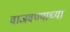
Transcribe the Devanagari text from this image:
वाजवण्याच्या